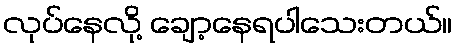
လုပ်နေလို့ ချော့နေရပါသေးတယ်။